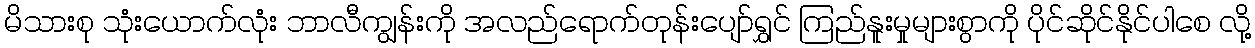
မိသားစု သုံးယောက်လုံး ဘာလီကျွန်းကို အလည်ရောက်တုန်းပျော်ရွှင် ကြည်နူးမှုများစွာကို ပိုင်ဆိုင်နိုင်ပါစေ လို့